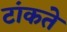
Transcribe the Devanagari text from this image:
टांकते